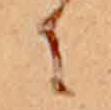
に